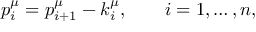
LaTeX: p _ { i } ^ { \mu } = p _ { i + 1 } ^ { \mu } - k _ { i } ^ { \mu } , \quad \quad i = 1 , \dots , n ,